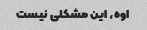
اوه، این مشکلی نیست